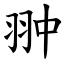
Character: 翀